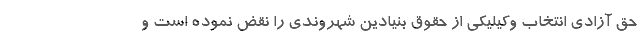
حق آزادی انتخاب وکیلیکی از حقوق بنیادین شهروندی را نقض نموده است و